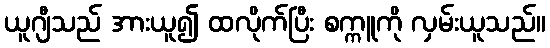
ယူဂျီသည် အားယူ၍ ထလိုက်ပြီး စက္ကူကို လှမ်းယူသည်။